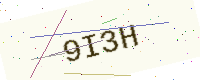
Text: 9I3H